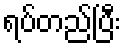
ရပ်တည်ပြီး